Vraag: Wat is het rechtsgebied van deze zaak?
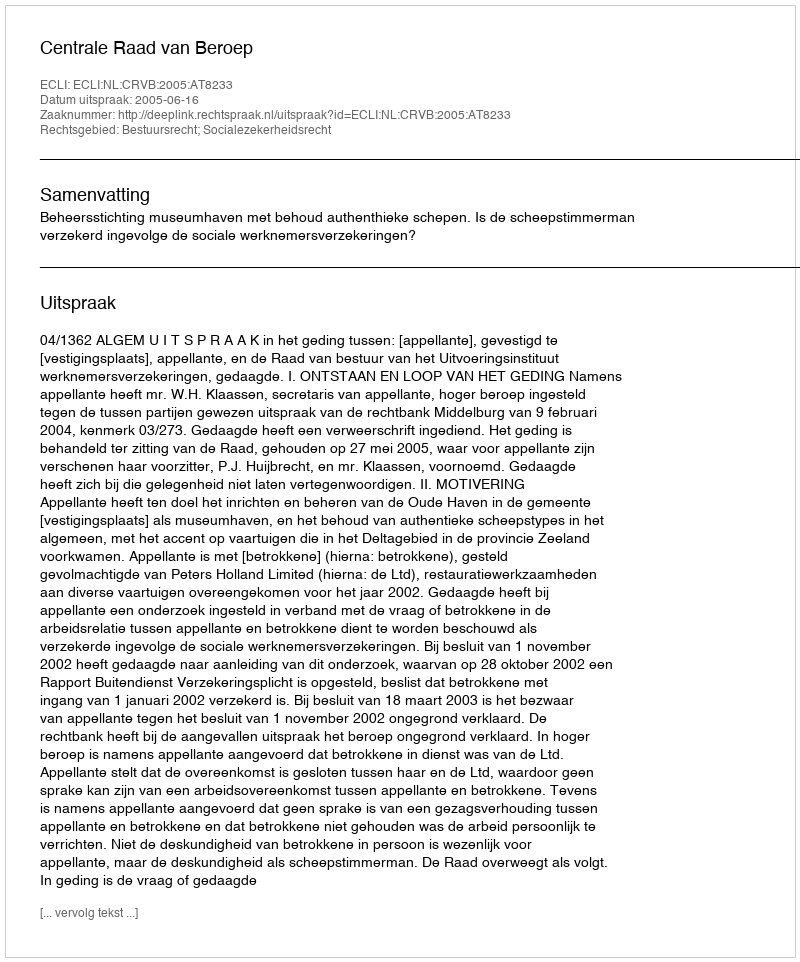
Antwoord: Bestuursrecht; Socialezekerheidsrecht